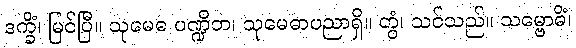
ဒက္ခိံ၊ မြင်ပြီ။ သုမေဓ ပဏ္ဍိတ၊ သုမေဓာပညာရှိ။ တွံ၊ သင်သည်။ သမ္ဗောဓိံ၊